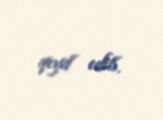
qeyd edib.